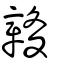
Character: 竷